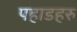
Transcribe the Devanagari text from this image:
पहाडहरु